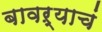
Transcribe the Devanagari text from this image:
बावऱ्याचं